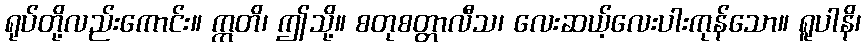
ရုပ်တို့လည်းကောင်း။ ဣတိ၊ ဤသို့။ စတုစတ္တာလီသ၊ လေးဆယ့်လေးပါးကုန်သော။ ရူပါနိ၊